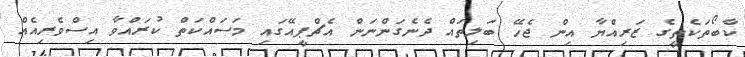
ކާބޯތަކެތީގެ ޒަރިއްޔާ އިން ޖެހޭ ބަލިތައް ދެނެގަންނަން އެޗްޕީއޭގައި މަސައްކަތް ކުރައްވާ އިސްވެރިއެއް